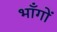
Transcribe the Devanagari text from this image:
भाँगों